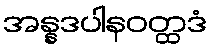
အန္နဒပါနဝတ္ထဒံ